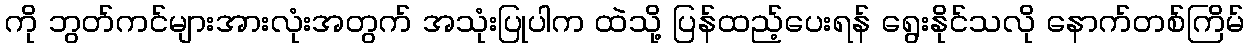
ကို ဘွတ်ကင်များအားလုံးအတွက် အသုံးပြုပါက ထဲသို့ ပြန်ထည့်ပေးရန် ရွေးနိုင်သလို နောက်တစ်ကြိမ်